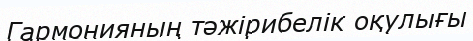
Гармонияның тәжірибелік оқулығы